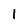
Character: l